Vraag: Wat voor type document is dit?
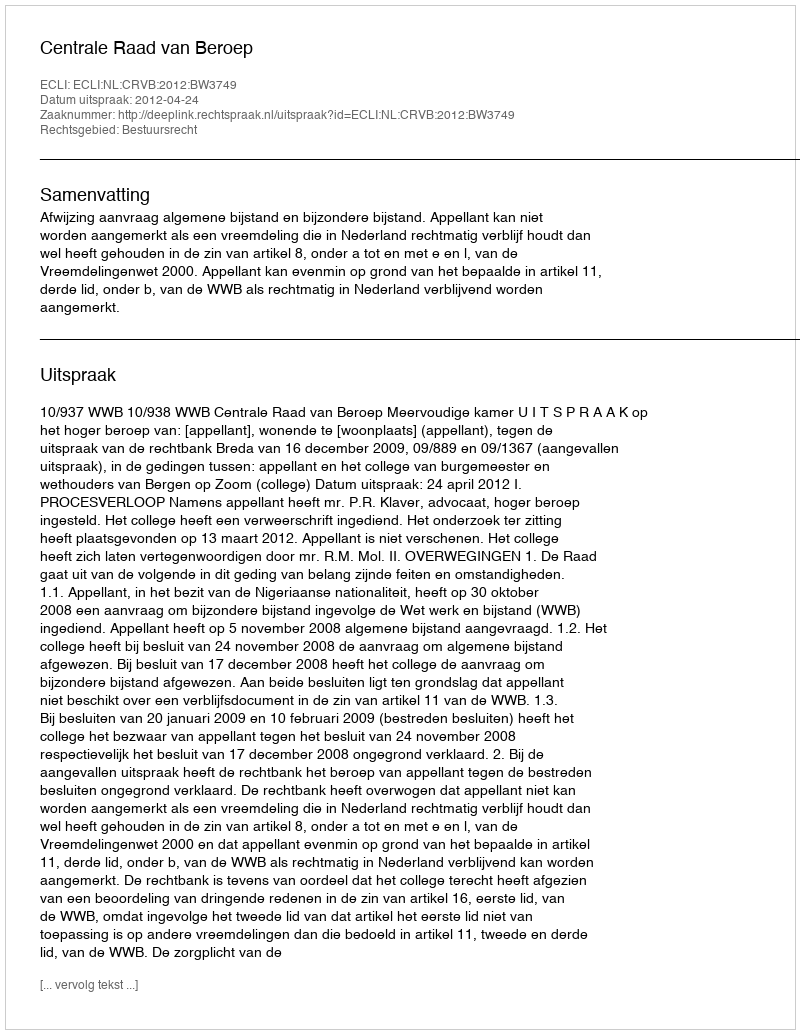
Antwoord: Uitspraak